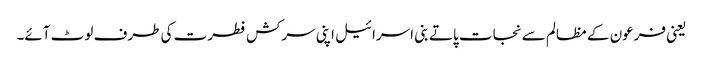
یعنی فرعون کے مظالم سے نجات پاتے بنی اسرائیل اپنی سرکش فطرت کی طرف لوٹ آئے۔